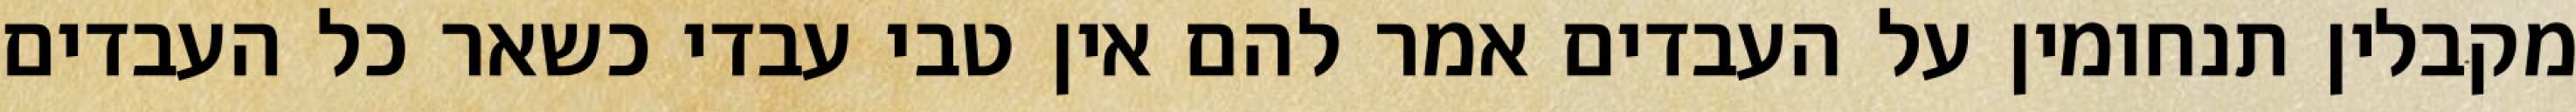
מקבלין תנחומין על העבדים אמר להם אין טבי עבדי כשאר כל העבדים